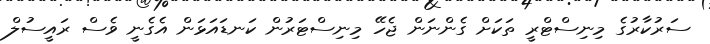
ސަރުކާރުގެ މިނިސްޓްރީ ތަކަށް ގެންނަން ޖެހޭ މިނިސްޓަރުން ކަނޑައަޅަން އެގެނީ ވެސް ރައީސުލް